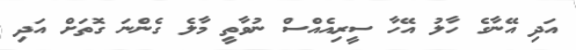
އަދި އޭނާގެ ހާލު އޭހާ ސީރިއެއްސް ނުވާތީ މާލެ ގެންނަ ގޮތަށް އަދި